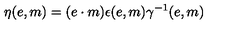
\eta ( e , m ) = ( e \cdot m ) \epsilon ( e , m ) \gamma ^ { - 1 } ( e , m )